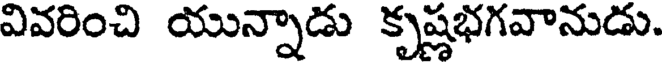
వివరించి యున్నాడు కృష్ణభగవానుడు.